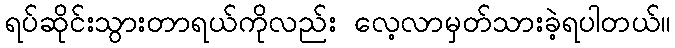
ရပ်ဆိုင်းသွားတာရယ်ကိုလည်း လေ့လာမှတ်သားခဲ့ရပါတယ်။